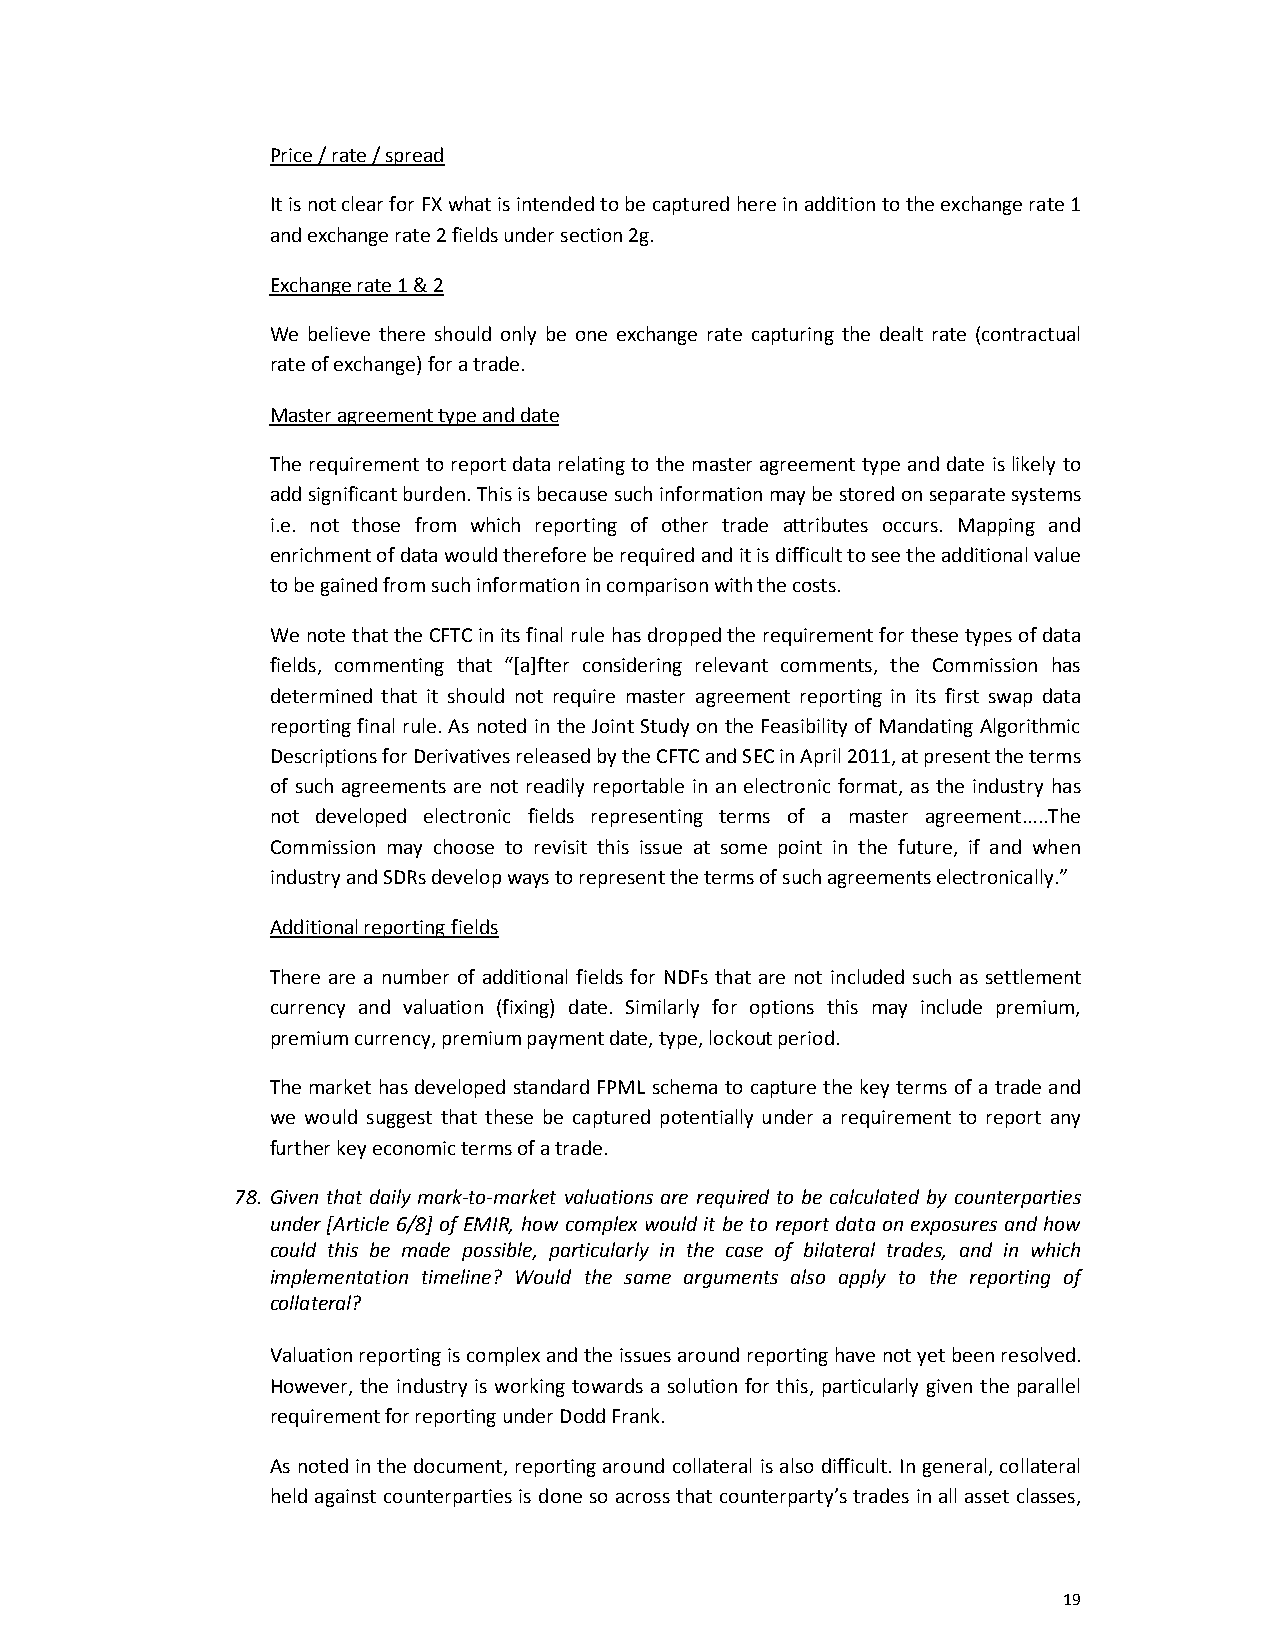
Price / rate / spread
 It is not clear for FX what is intended to be captured here in addition to the exchange rate 1
 and exchange rate 2 fields under section 2g.
 Exchange rate 1 & 2
 We believe there should only be one exchange rate capturing the dealt rate (contractual
 rate of exchange) for a trade.
 Master agreement type and date
 The requirement to report data relating to the master agreement type and date is likely to
 add significant burden. This is because such information may be stored on separate systems
 i.e. not those from which reporting of other trade attributes occurs. Mapping and
 enrichment of data would therefore be required and it is difficult to see the additional value
 to be gained from such information in comparison with the costs.
 We note that the CFTC in its final rule has dropped the requirement for these types of data
 fields, commenting that “[a]fter considering relevant comments, the Commission has
 determined that it should not require master agreement reporting in its first swap data
 reporting final rule. As noted in the Joint Study on the Feasibility of Mandating Algorithmic
 Descriptions for Derivatives released by the CFTC and SEC in April 2011, at present the terms
 of such agreements are not readily reportable in an electronic format, as the industry has
 not developed electronic fields representing terms of a master agreement.....The
 Commission may choose to revisit this issue at some point in the future, if and when
 industry and SDRs develop ways to represent the terms of such agreements electronically.”
 Additional reporting fields
 There are a number of additional fields for NDFs that are not included such as settlement
 currency and valuation (fixing) date. Similarly for options this may include premium,
 premium currency, premium payment date, type, lockout period.
 The market has developed standard FPML schema to capture the key terms of a trade and
 we would suggest that these be captured potentially under a requirement to report any
 further key economic terms of a trade.
 78. Given that daily mark-to-market valuations are required to be calculated by counterparties
 under [Article 6/8] of EMIR, how complex would it be to report data on exposures and how
 could this be made possible, particularly in the case of bilateral trades, and in which
 implementation timeline? Would the same arguments also apply to the reporting of
 collateral?
 Valuation reporting is complex and the issues around reporting have not yet been resolved.
 However, the industry is working towards a solution for this, particularly given the parallel
 requirement for reporting under Dodd Frank.
 As noted in the document, reporting around collateral is also difficult. In general, collateral
 held against counterparties is done so across that counterparty’s trades in all asset classes,
 19